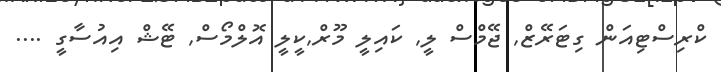
ކްރިސްޓިއަން ގިޓަރޭޒް